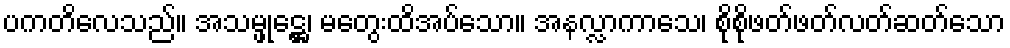
ပကတိလေသည်။ အသမ္ဖုဋ္ဌေ၊ မတွေးထိအပ်သော။ အနလ္လာကာသေ၊ စိုစိုဖတ်ဖတ်လတ်ဆတ်သော